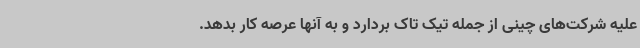
علیه شرکت‌های چینی از جمله تیک تاک بردارد و به آنها عرصه کار بدهد.